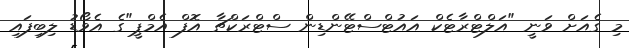
މި ގެއަށް ވަނީ "އަލްޓްރާޓެކް އައުޓްސްޓޭންޑިން ސްޓްރަކްޗާ އޮފް އެމްޕީ"ގެ އެވޯޑު ލިބިފައި